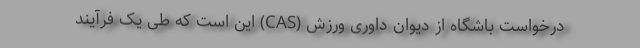
درخواست باشگاه از دیوان داوری ورزش (CAS) این است که طی یک فرآیند